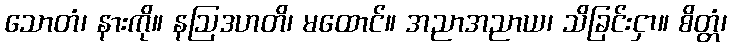
သောတံ၊ နားကို။ နဩဒဟတိ၊ မထောင်။ အညာအညာယ၊ သိခြင်းငှာ။ စိတ္တံ၊